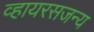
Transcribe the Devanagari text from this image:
व्हायरसजन्य